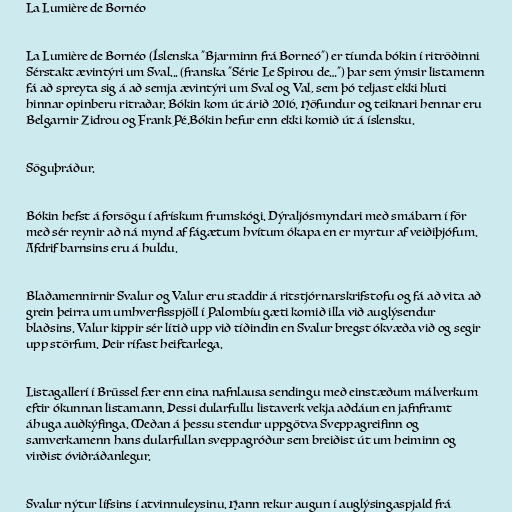
La Lumière de Bornéo

La Lumière de Bornéo (Íslenska "Bjarminn frá Borneó") er tíunda bókin í ritröðinni
Sérstakt ævintýri um Sval... (franska "Série Le Spirou de…") þar sem ýmsir listamenn
fá að spreyta sig á að semja ævintýri um Sval og Val, sem þó teljast ekki hluti
hinnar opinberu ritraðar. Bókin kom út árið 2016. Höfundur og teiknari hennar eru
Belgarnir Zidrou og Frank Pé.Bókin hefur enn ekki komið út á íslensku.

Söguþráður.

Bókin hefst á forsögu í afrískum frumskógi. Dýraljósmyndari með smábarn í för
með sér reynir að ná mynd af fágætum hvítum ókapa en er myrtur af veiðiþjófum.
Afdrif barnsins eru á huldu.

Blaðamennirnir Svalur og Valur eru staddir á ritstjórnarskrifstofu og fá að vita að
grein þeirra um umhverfisspjöll í Palombíu gæti komið illa við auglýsendur
blaðsins. Valur kippir sér lítið upp við tíðindin en Svalur bregst ókvæða við og segir
upp störfum. Þeir rífast heiftarlega.

Listagallerí í Brüssel fær enn eina nafnlausa sendingu með einstæðum málverkum
eftir ókunnan listamann. Þessi dularfullu listaverk vekja aðdáun en jafnframt
áhuga auðkýfinga. Meðan á þessu stendur uppgötva Sveppagreifinn og
samverkamenn hans dularfullan sveppagróður sem breiðist út um heiminn og
virðist óviðráðanlegur.

Svalur nýtur lífsins í atvinnuleysinu. Hann rekur augun í auglýsingaspjald frá